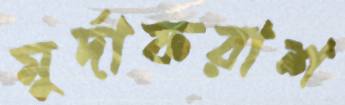
মুর্দাফরাশ